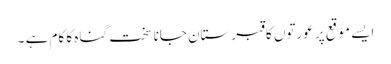
ایسے موقع پر عورتوں کا قبرستان جانا سخت گناہ کا کام ہے ۔